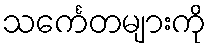
သင်္ကေတများကို